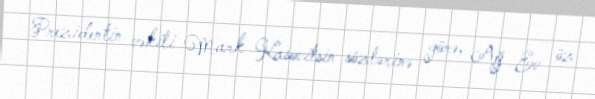
Prezidentin vəkili Mark Kasovitsin sözlərinə görə, Ağ Ev öz